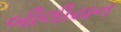
બીલીયન